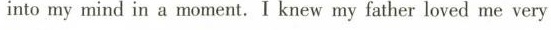
into my mind in a moment.I knew my father loved me very